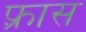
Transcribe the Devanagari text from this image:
फ़्रास